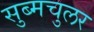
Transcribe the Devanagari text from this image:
सुब्मचुलर